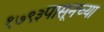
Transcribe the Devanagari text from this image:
१७९३पासूनच्या